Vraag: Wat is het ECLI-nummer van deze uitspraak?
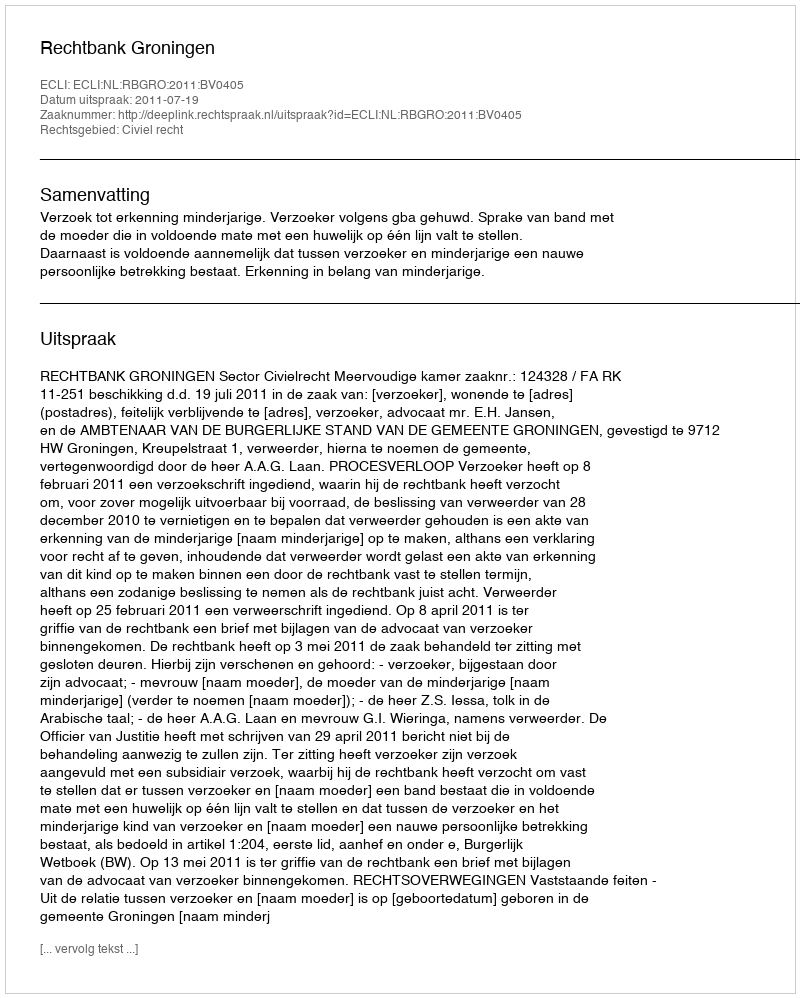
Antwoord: ECLI:NL:RBGRO:2011:BV0405